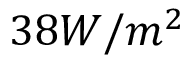
3 8 W / m ^ { 2 }